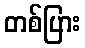
တစ်ပြား